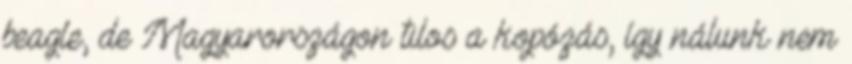
beagle, de Magyarországon tilos a kopózás, így nálunk nem